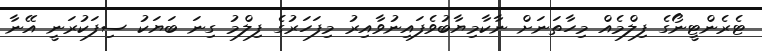
ޓެރެންޓީނޯގެ ފިލްމެއް މިހާތަނަށް ނާކާމިޔާބުވެފައިނުވާއިރު މިފަހަރުގެ ފިލްމު ގިނަ ބަޔަކު ސިފަކުރަނީ އޭނާ